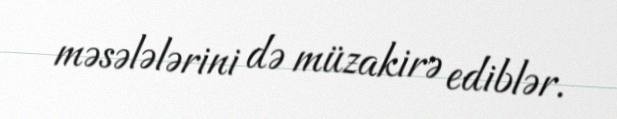
məsələlərini də müzakirə ediblər.